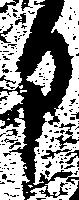
部